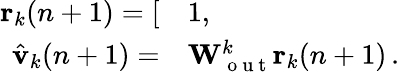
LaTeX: \begin{array}{rl}{\mathbf{r}_{k}(n+1)=[}&{{}1,}\\ {\hat{\mathbf{v}}_{k}(n+1)=}&{{}\mathbf{W}_{\mathrm{~o~u~t~}}^{k}\mathbf{r}_{k}(n+1)\, .}\end{array}